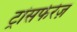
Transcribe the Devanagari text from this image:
ट्रांसफेरेज़